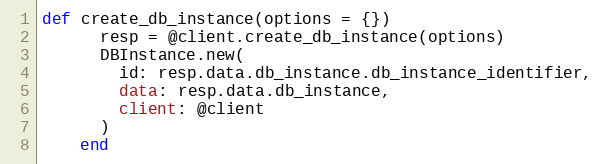
Language: Ruby
def create_db_instance(options = {})
      resp = @client.create_db_instance(options)
      DBInstance.new(
        id: resp.data.db_instance.db_instance_identifier,
        data: resp.data.db_instance,
        client: @client
      )
    end